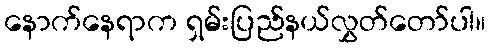
နောက်နေရာက ရှမ်းပြည်နယ်လွှတ်တော်ပါ။